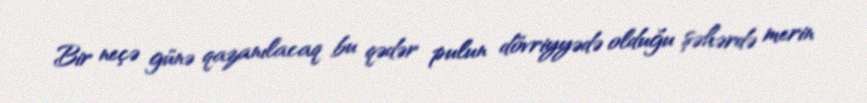
Bir neçə günə qazanılacaq bu qədər pulun dövriyyədə olduğu şəhərdə merin